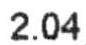
2.04